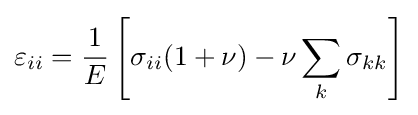
\varepsilon _{ii}={\frac {1}{E}}\left[\sigma _{ii}(1+\nu )-\nu \sum _{k}\sigma _{kk}\right]